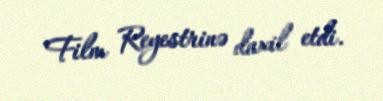
Film Reyestrinə daxil etdi.